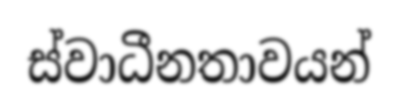
ස්වාධීනතාවයන්